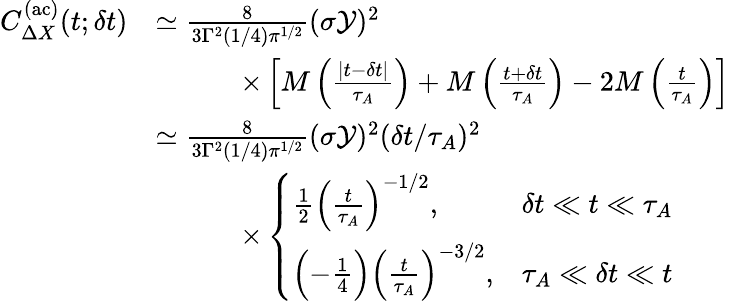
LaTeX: \begin{array}{rl}{C_{\Delta X}^{\mathrm{(ac)}}(t;\delta t)}&{\simeq\frac{8}{3\Gamma^{2}(1/4){\pi}^{1/2}}(\sigma\mathcal{Y})^{2}}\\ &{\qquad\quad\times\left[M\left(\frac{|t-\delta t|}{\tau_{A}}\right)+M\left(\frac{t+\delta t}{\tau_{A}}\right)-2M\left(\frac{t}{\tau_{A}}\right)\right]}\\ &{\simeq\frac{8}{3\Gamma^{2}(1/4){\pi}^{1/2}}(\sigma\mathcal{Y})^{2}(\delta t/\tau_{A})^{2}}\\ &{\qquad\quad\times\left\{ \begin{array}{lr}{\frac{1}{2}\left(\frac{t}{\tau_{A}}\right)^{-1/2},}&{\delta t\ll t\ll\tau_{A}}\\ {\Bigl(-\frac{1}{4}\Bigr)\left(\frac{t}{\tau_{A}}\right)^{-3/2},}&{\tau_{A}\ll\delta t\ll t}\end{array}\right.}\end{array}